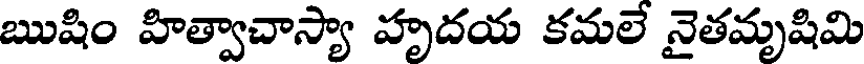
ఋషిం హిత్వాచాస్యా హృదయ కమలే నైతమృషిమి